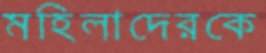
মহিলাদেরকে